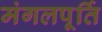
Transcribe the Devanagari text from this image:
मंगलपूर्ति